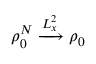
\rho _ { 0 } ^ { N } \xrightarrow [ ] { L _ { x } ^ { 2 } } \rho _ { 0 }